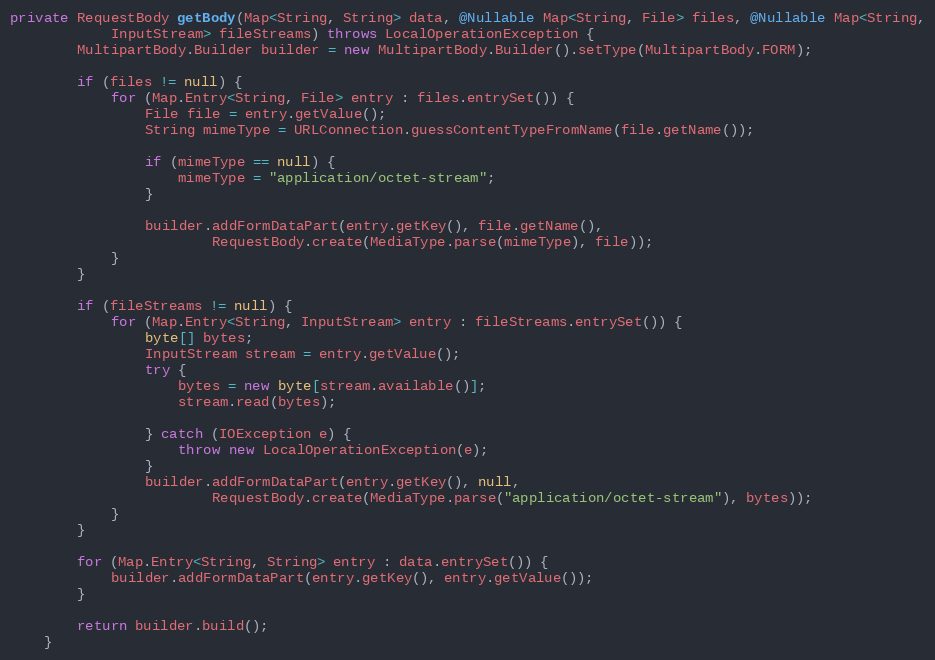
Language: Java
private RequestBody getBody(Map<String, String> data, @Nullable Map<String, File> files, @Nullable Map<String,
            InputStream> fileStreams) throws LocalOperationException {
        MultipartBody.Builder builder = new MultipartBody.Builder().setType(MultipartBody.FORM);

        if (files != null) {
            for (Map.Entry<String, File> entry : files.entrySet()) {
                File file = entry.getValue();
                String mimeType = URLConnection.guessContentTypeFromName(file.getName());

                if (mimeType == null) {
                    mimeType = "application/octet-stream";
                }

                builder.addFormDataPart(entry.getKey(), file.getName(),
                        RequestBody.create(MediaType.parse(mimeType), file));
            }
        }

        if (fileStreams != null) {
            for (Map.Entry<String, InputStream> entry : fileStreams.entrySet()) {
                byte[] bytes;
                InputStream stream = entry.getValue();
                try {
                    bytes = new byte[stream.available()];
                    stream.read(bytes);

                } catch (IOException e) {
                    throw new LocalOperationException(e);
                }
                builder.addFormDataPart(entry.getKey(), null,
                        RequestBody.create(MediaType.parse("application/octet-stream"), bytes));
            }
        }

        for (Map.Entry<String, String> entry : data.entrySet()) {
            builder.addFormDataPart(entry.getKey(), entry.getValue());
        }

        return builder.build();
    }